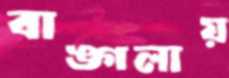
বাঙ্গলায়